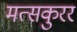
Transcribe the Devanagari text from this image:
मत्सकुरर